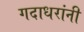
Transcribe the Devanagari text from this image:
गदाधरांनी